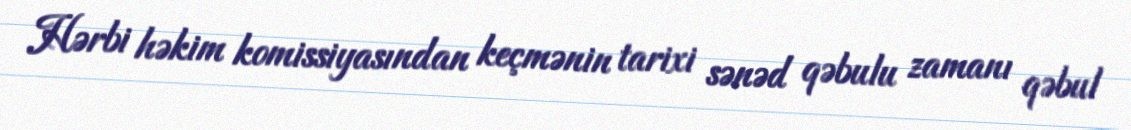
Hərbi həkim komissiyasından keçmənin tarixi sənəd qəbulu zamanı qəbul